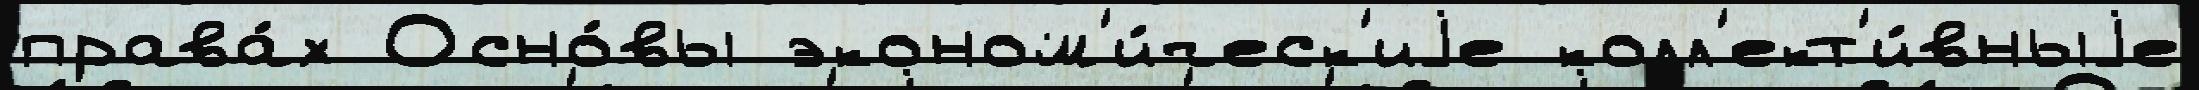
права́х Осно́вы эконом'и́ческ'иjе колл'ект'и́вныjе